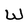
Character: W